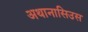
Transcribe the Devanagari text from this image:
अथानासिउस